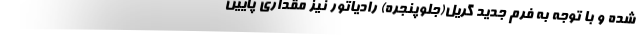
شده و با توجه به فرم جدید گریل(جلوپنجره) رادیاتور نیز مقداری پایین